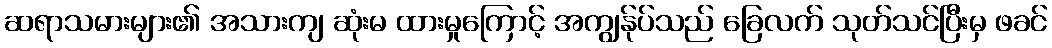
ဆရာသမားများ၏ အသားကျ ဆုံးမ ထားမှုကြောင့် အကျွန်ုပ်သည် ခြေလက် သုတ်သင်ပြီးမှ ဖခင်